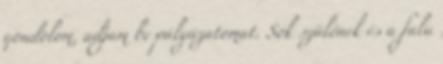
gondolom, adjam be pályázatomat. Sok szülőnek és a falu